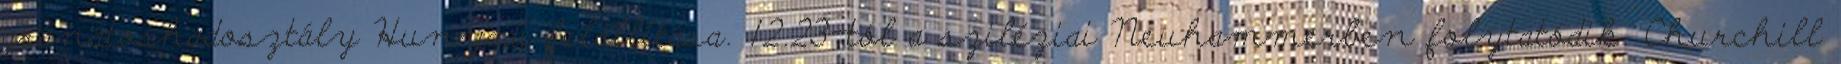
gránátoshadosztály Hunyadi felállítása. 12.23-tól a sziléziai Neuhammerben folytatódik. Churchill